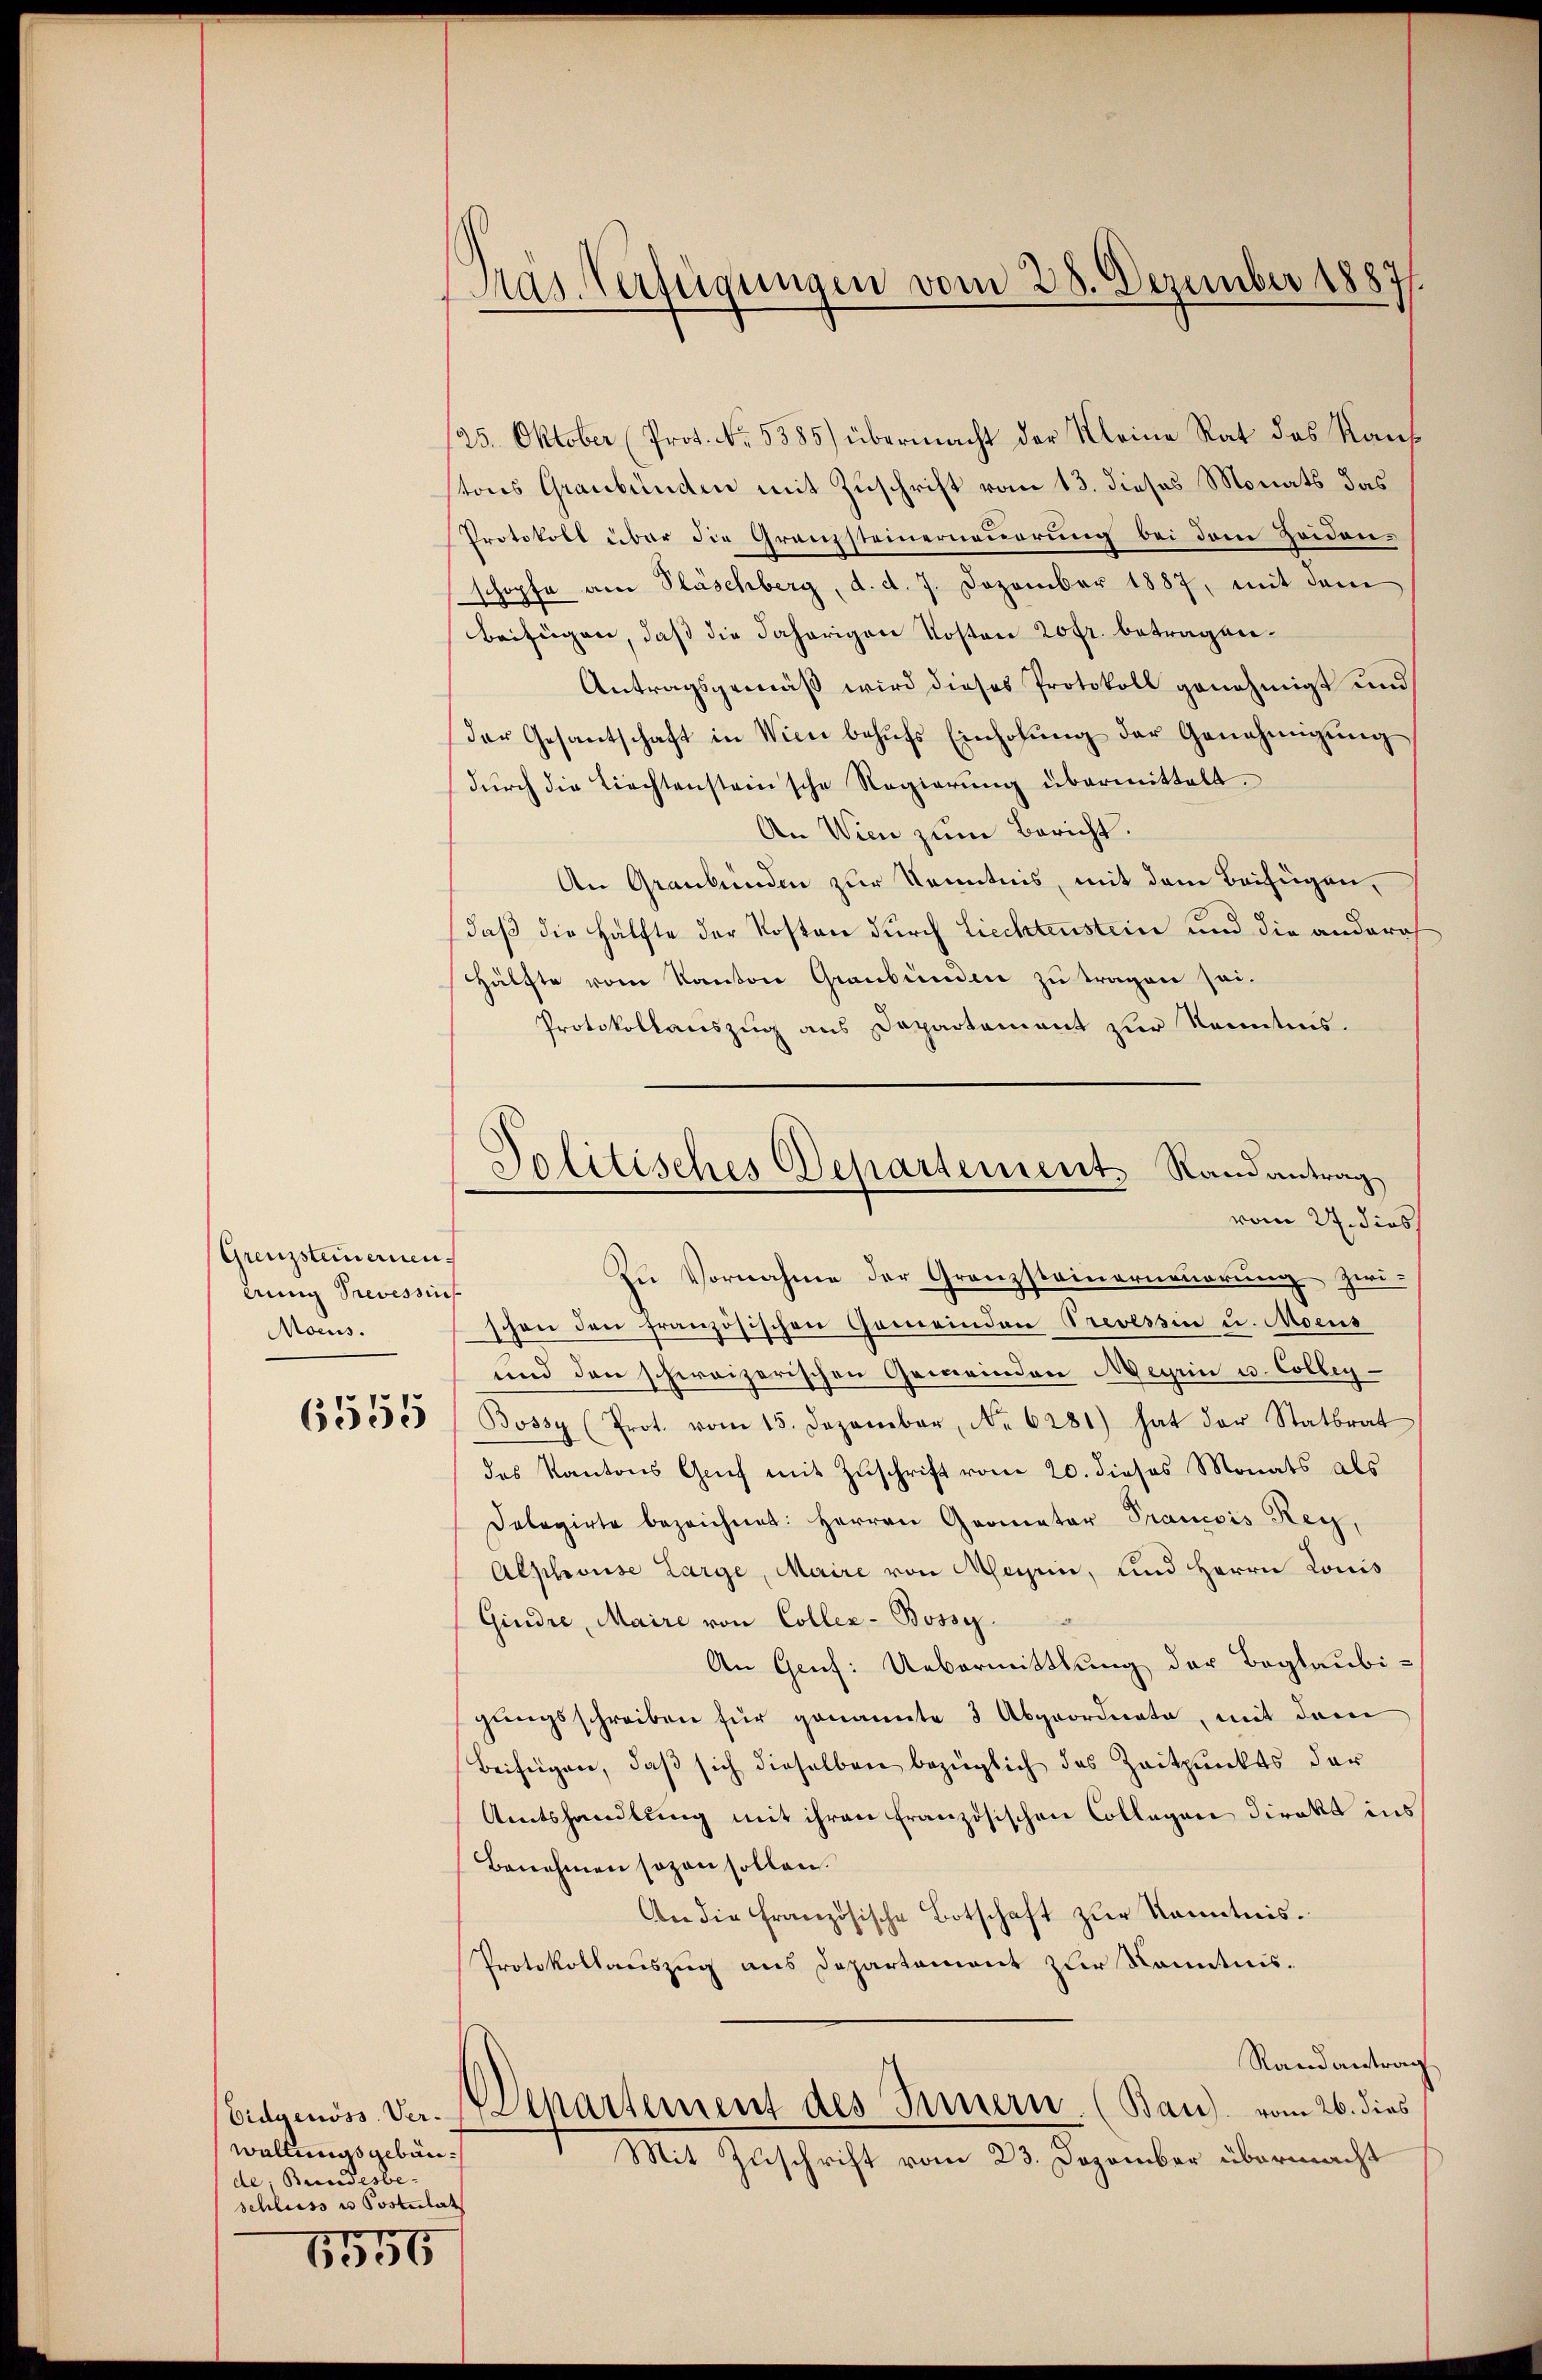
Grenzsteinernen
Anng Prevessin
Moeus.

6555

waltungsgebäude, Bundesbe-
schluss u. Postulat
o

B006

Pras Verfügungen vom 28. Dezember 1887.

125. Oktober (Prot. No. 5585) übermacht der Kleine Rat des Kaufstons Graubünden mit Zuschrift vom 13. dieses Monats das
Protokoll über die Granzsteinerneuerung bei dem Zeidenschopfe am Fläschberg, d. d. 7. Dezember 1887, mit dem
Beifügen, daß die daherigen Kosten 20 fr. betragen.
Antragsgemäß wird dieses Protokoll genehmigt und
der Gesantschaft in Wien behŭfs Einholŭng der Genehmigŭng
dŭrch die tiechtensteinsche Regierung übermittelt.
An Wien zum Bericht.
An Graubünden zur Kenntnis, mit dem Beifügen,
daß die Hälfte der Kosten durch Liechtenstein und die anderes
Hälfte vom Kanton Graubünden zu tragen sei.
Protokollauszug aus Departement zur Kenntnis.
Zu Vornahme der Granzsteinerneuerung zwischon den französischen Gemeinden Trevessin u. Moeus
und den schweizerischen Gemeinden Meyrin u. Colleg
Bossy (Prot. vom 15. Dezember, No. 6281) hat der Statbrat
des Kantons Genf mit Zuschrift vom 20. dieses Monats als
Delegirte bezeichnet: Herren Gromator Prancois Rey,
Alphouse Large, Maire von Ausein, und Herrn Louis
Giudre, Maire von Coller-Bossy.
An Genf: Uebermittlung der Beglaubigŭngsschreiben für genannte 3 Abgeordnete, mit dem
Beifügen, daβ sich dieselben bezüglich das Zeitpunkts der
Amtshandlung mit ihren Französischen Collegen Direkt ins
Benehmen sogen sollen.
An die Französische Botschaft zŭr Kenntnis.
Protokollauszug aus Departemont zur Kenntnis.
Randantrag
Eidgenöss. Der. Departement des Innern. (Ban) vom 26. dies
Mit Zuschrift vom 23. Dezember übermacht

Politisches Departements Randantrag
vom 27. dies